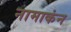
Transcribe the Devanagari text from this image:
नामाकंन